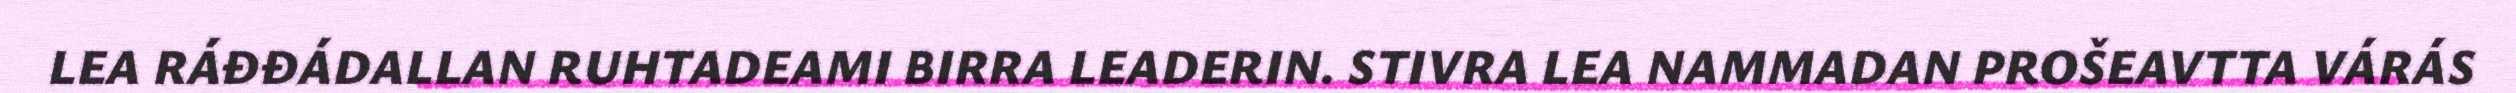
LEA RÁĐĐÁDALLAN RUHTADEAMI BIRRA LEADERIN. STIVRA LEA NAMMADAN PROŠEAVTTA VÁRÁS